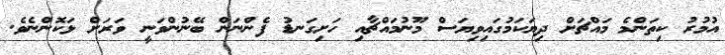
އުމުރު ކިތަންމެ މައްޗަށް ދިޔަކަމުގައިވިޔަސް މޫނުމައްޗާއި ހަށިގަނޑު ފެންނަން ބޭނުންވަނީ ވަރަށް ޅަކޮންނެވެ.